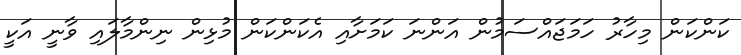
ކަންކަން މިހާރު ހަމަޖައްސަމުން އަންނަ ކަމަށާއި އެކަންކަން މުޅިން ނިންމާލައި ވާނީ އަކީ